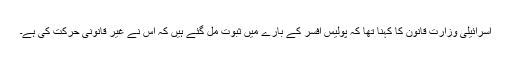
اسرائیلی وزارت قانون کا کہنا تھا کہ پولیس افسر کے بارے میں ثبوت مل گئے ہیں کہ اس نے غیر قانونی حرکت کی ہے۔